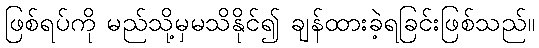
ဖြစ်ရပ်ကို မည်သို့မှမသိနိုင်၍ ချန်ထားခဲ့ရခြင်းဖြစ်သည်။